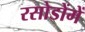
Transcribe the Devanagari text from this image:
रसोडोंमें